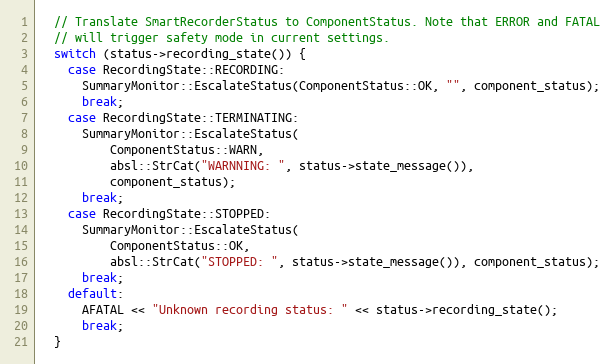
Language: C++
  // Translate SmartRecorderStatus to ComponentStatus. Note that ERROR and FATAL
  // will trigger safety mode in current settings.
  switch (status->recording_state()) {
    case RecordingState::RECORDING:
      SummaryMonitor::EscalateStatus(ComponentStatus::OK, "", component_status);
      break;
    case RecordingState::TERMINATING:
      SummaryMonitor::EscalateStatus(
          ComponentStatus::WARN,
          absl::StrCat("WARNNING: ", status->state_message()),
          component_status);
      break;
    case RecordingState::STOPPED:
      SummaryMonitor::EscalateStatus(
          ComponentStatus::OK,
          absl::StrCat("STOPPED: ", status->state_message()), component_status);
      break;
    default:
      AFATAL << "Unknown recording status: " << status->recording_state();
      break;
  }